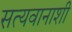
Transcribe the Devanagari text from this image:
सत्यवानाशी